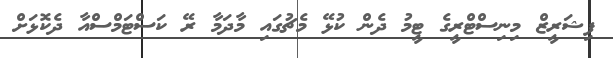
ފިޝަރީޒް މިނިސްޓްރީގެ ޓީމު ދެން ކުޅޭ މެޗުގައި މާދަމާ ރޭ ކަސްޓަމްސްއާ ދެކޮޅަށް